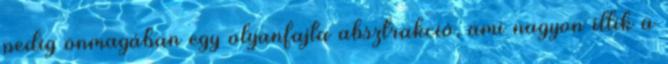
pedig önmagában egy olyanfajta absztrakció, ami nagyon illik a